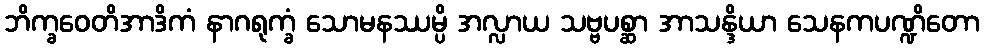
ဘိက္ခဝေတိအာဒိကံ နာဂရုက္ခံ သောမနဿမ္ပိ အလ္လာယ သဗ္ဗပစ္ဆာ အာသန္ဒိယာ သေနကပဏ္ဍိတော